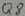
Text: Q8